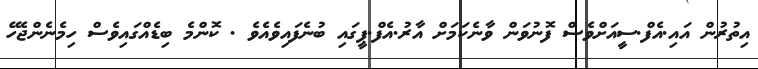
އިތުރުން އައި.އެފް.ސީއަށްވެސް ފޮނުވަން ވާނެކަމަށް އާރު.އެފް.ޕީގައި ބުނެފައިވެއެވެ . ކޮންމެ ބިޑެއްގައިވެސް ހިމެނެންޖެހޭ